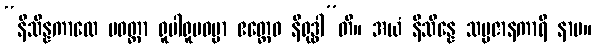
“နိသိန္နကာလေ ပဝတ္တာ ရူပါရူပဓမ္မာ ဧတ္ထေဝ နိရုဒ္ဓါ”တိ။ အယံ နိသိန္နေ သမ္ပဇာနကာရီ နာမ။